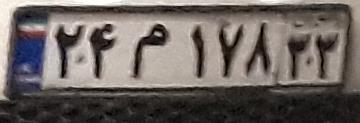
۲۴م۱۷۸۳۳